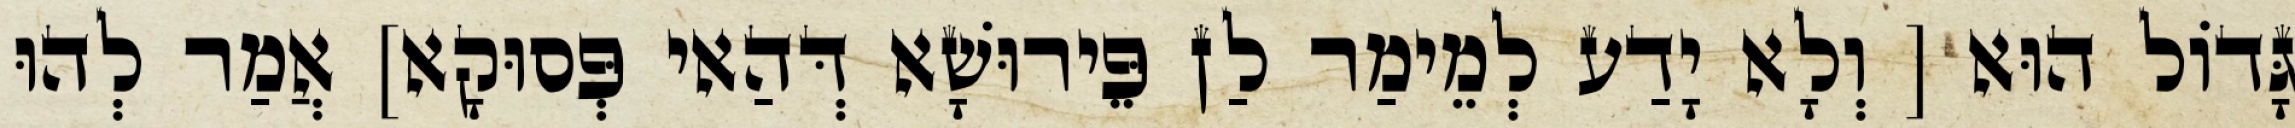
גָּדוֹל הוּא [ וְלָא יָדַע לְמֵימַר לַן פֵּירוּשָׁא דְּהַאי פְּסוּקָא] אֲמַר לְהוּ